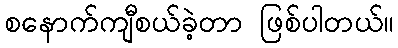
စနောက်ကျီစယ်ခဲ့တာ ဖြစ်ပါတယ်။